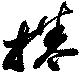
捲